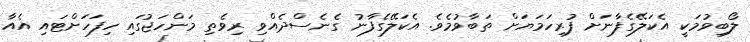
ލޯބިވުމަކީ އެކަލޭގެފާނަށް ފުރިހަމަޔަށް ތަބާވުމެވެ. އެކަލޭގެފާނު ގެނެސްދެއްވި ރިވެތި މަންހަޖުގައި ހިފަހަށްޓައި އެއާ